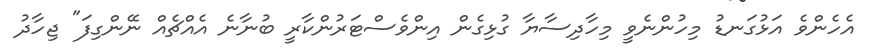
އެހެންވެ އަޅުގަނޑު މިހުންނެވީ މިހާދިސާޔާ ގުޅިގެން އިންވެސްޓަރުންކާރީ ބުނާނެ އެއްޗެއް ނޭންގިފަ" ޖިހާދު